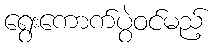
ရွေးကောက်ပွဲဝင်မည့်